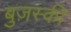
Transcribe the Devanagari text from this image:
बुज़स्की